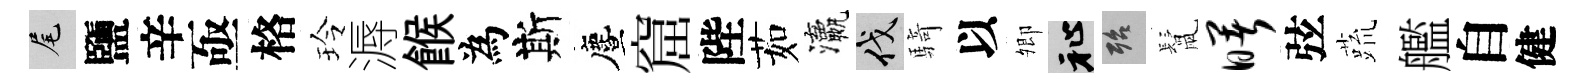
尾鹽辛亟格玲溽餱為斯󵨌窟陛茹瀛伐騎以𡖖祉殆鬛曙弦蔬艦自健